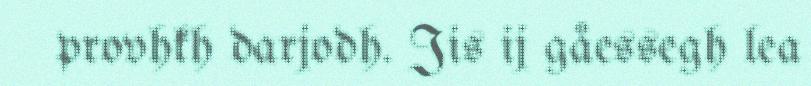
provhkh darjodh. Jis ij gåessegh lea